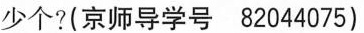
少个?(京师导学号 82044075)